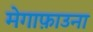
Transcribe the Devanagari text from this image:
मेगाफ़ाउना